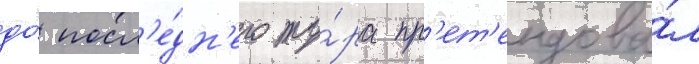
до́ посл'е́дн'его ту́ра пр'ет'ендова́л